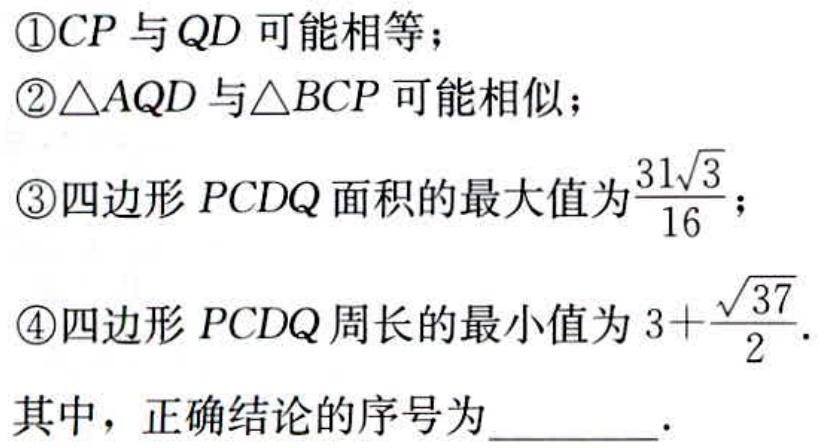
\textcircled{1}\textcircled{2}\textcircled{3}\textcircled{4}